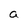
Character: a